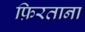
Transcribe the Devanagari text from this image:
फ़िरताना